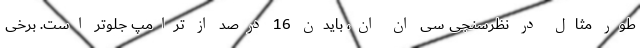
طور مثال در نظرسنجی سی ان ان، بایدن 16 درصد از ترامپ جلوتر است. برخی